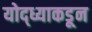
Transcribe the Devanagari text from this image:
योद्ध्याकडून